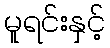
မူရင်းနှင့်